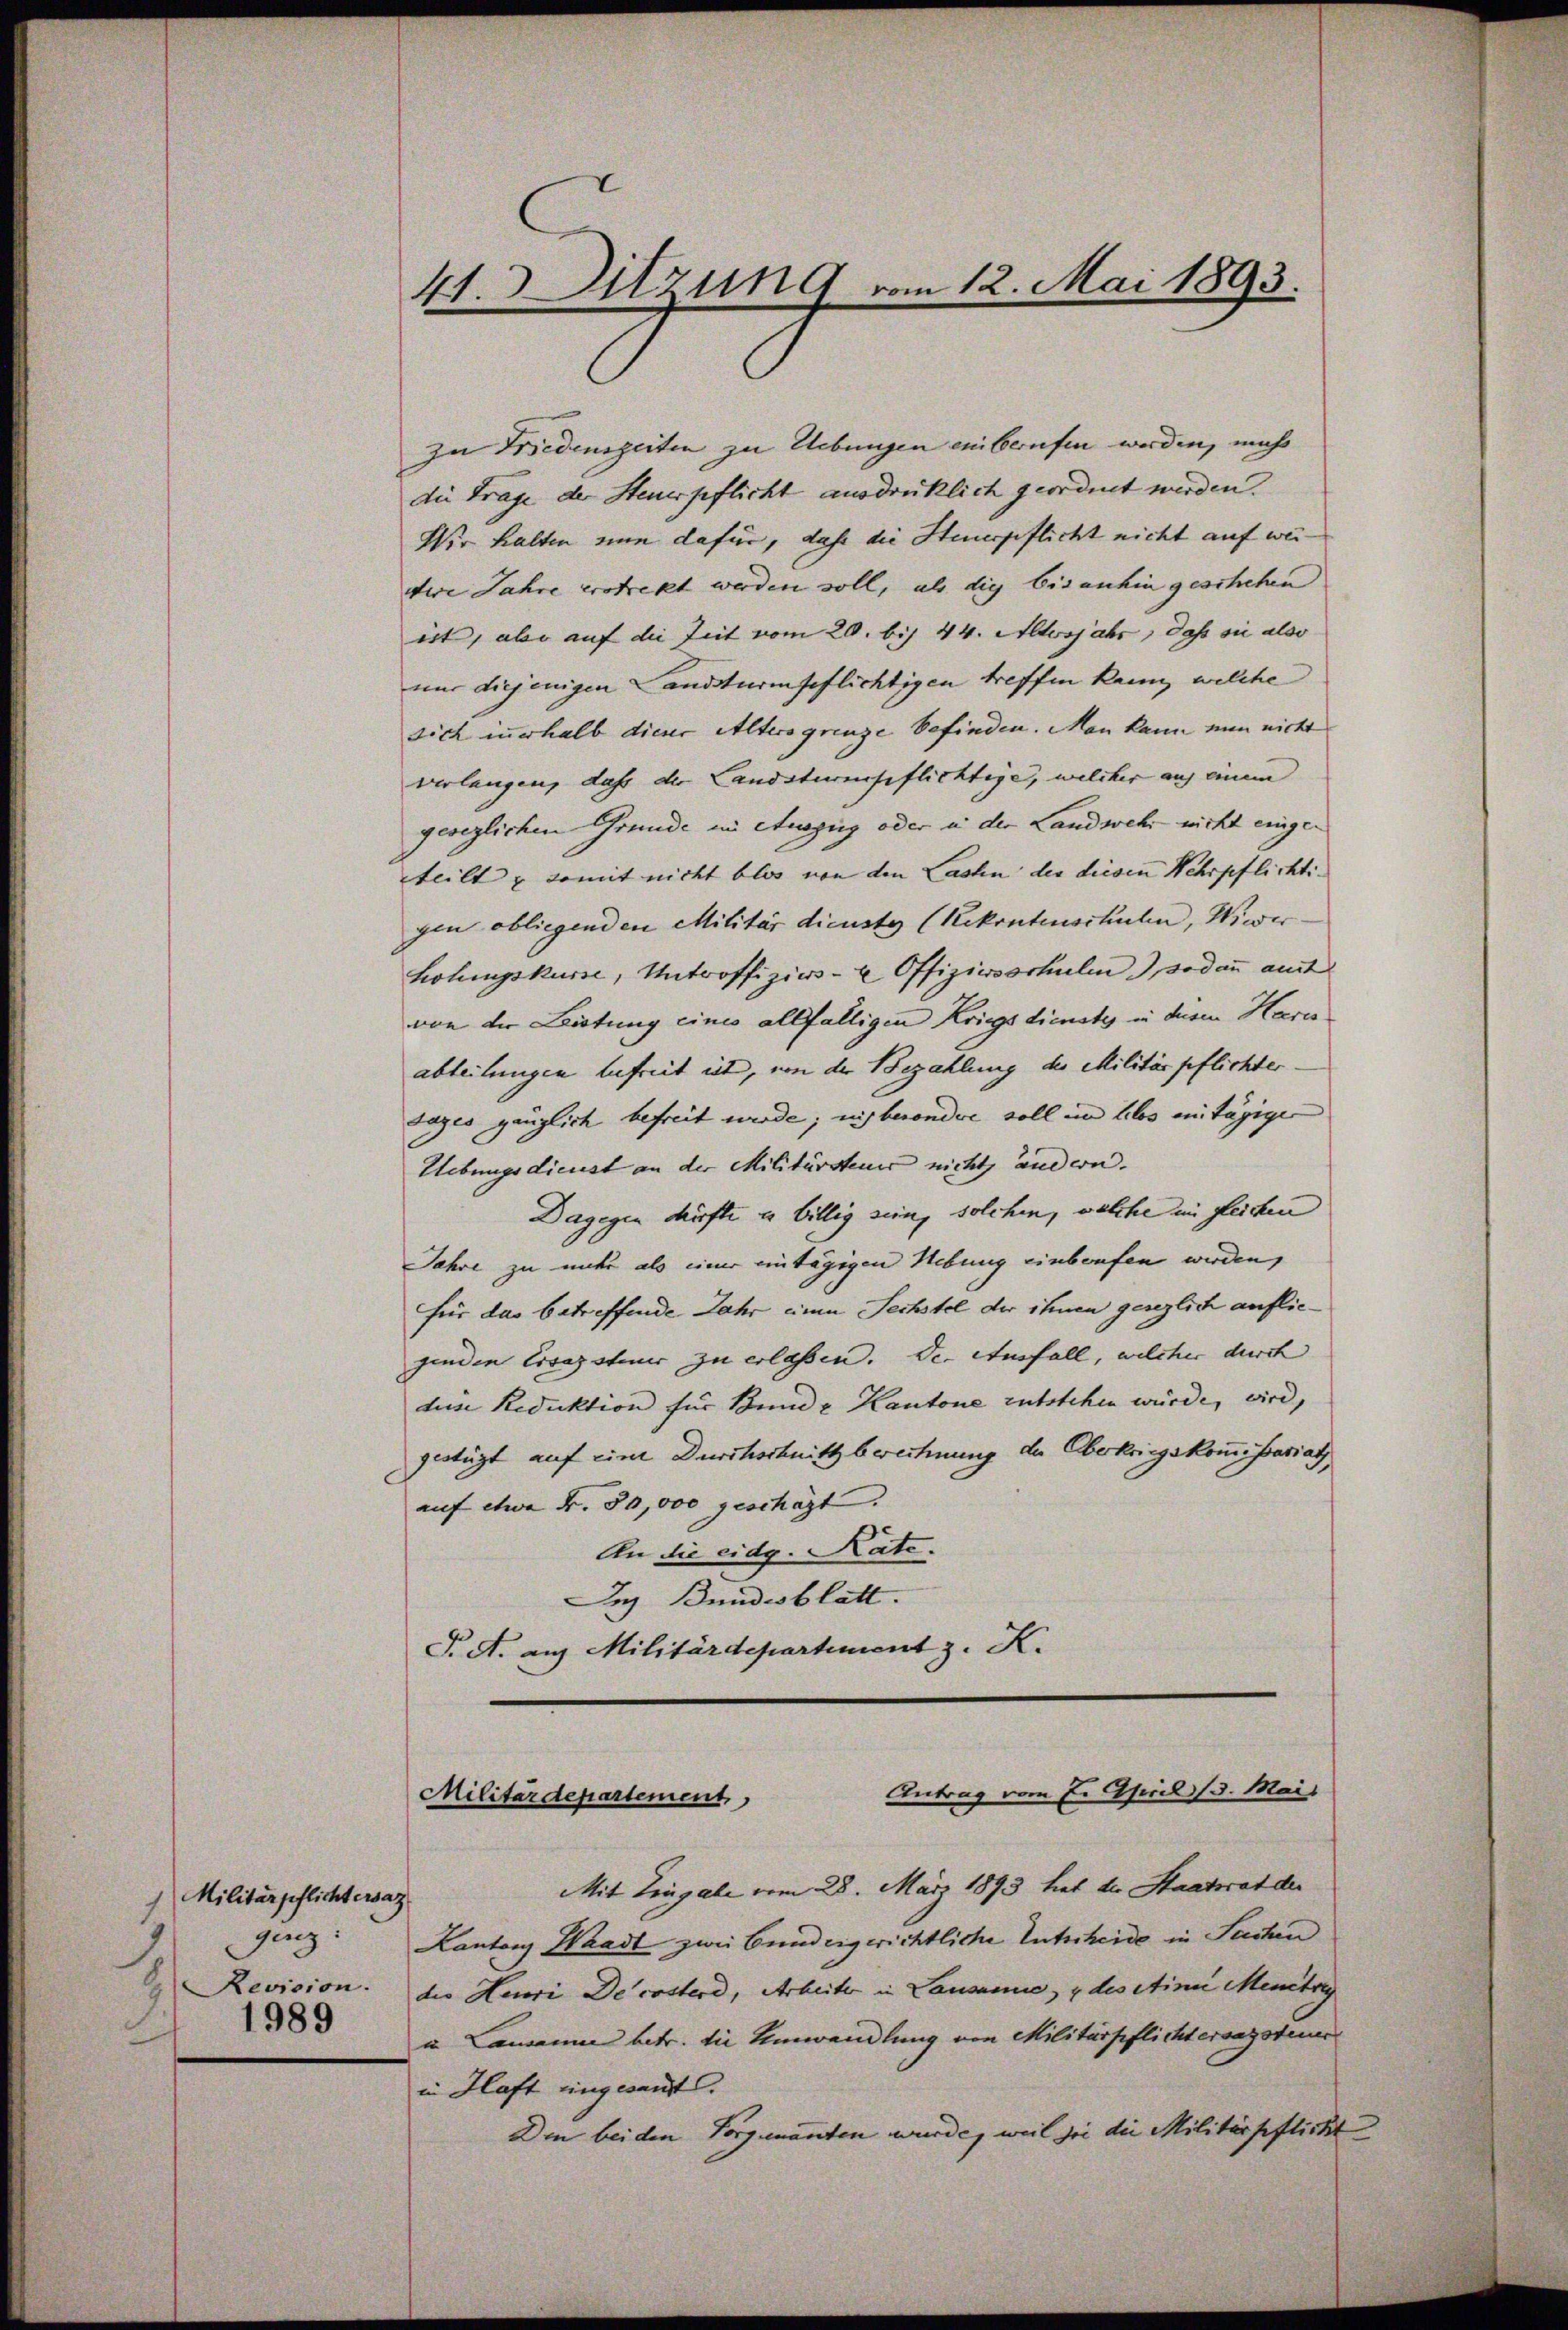
1 Militärpflichtersaz
genz:
Revision.
1989

41. Sitzung vom 12. Mai 1893.

zu Friedenszeiten zu Uebungen einberufen werden, mich
die Frage der Steuerpflicht ausdrüklich geordnet werden.
Wir halten nun dafür, daß die Steuerpflicht nicht auf wei
dere Jahre erstrekt werden soll, als dies bisanhin geschehen
ist, aber auf die Zeit vom 20. bis 44. Altersjahr, dass sie also
nur diejenigen andsturmfeflichtigen treffen kann, welche
sich zuerhalb dieser Altersgrenze befinden. Man kann nun nicht
verlangen, daß der Landsturpflichtige, welcher auf einem
gesezlichen Grunde in Auszug oder in der Landwehr- nicht eingeteilt & somit nicht blos von den Lasten der diesen Wehrpflichti-
gen obliegenden Militär dienste (Rekontenschulen, Wieder
holungskurse, Untroffiziers- u Offiziusschule sodann amt
von der Leistung eines allfälligen Kriegsdienste in dem Harin
abteilungen befreit ist, von der Bezahlung des Militärpflichter.
tages gänzlich befreit wurde; insbesonder soll in blos entägiger
Uebungsdienst an der Militärsteuer nicht andern.
Dagegen dürfte u billig sein, solchen, welche im gleichen
Jahre zu unter als einer eintägigen Hebung einboufen werden,
für das betreffende Jahr einen Sechstel der ihnen gesezlich aufliegenden Ersezsteur zu erlassen. Der Ausfall, welcher durch
dus Reduktion für Bunde Kantone entstehen würde, wird,
gestüzt auf eine Durchschnitt berechnung der Oberkriegskommißariat
auf etwa Fr. 30,000 geschäft.
An die eidg. Rate.
Des Bundesblatt.
P. A. aus Militärdepartement z. K.

Antrag vom Er Asiril (3. Mais
Militärdepartement,

Mit Eingabe vom 28. März 1893 hat die Staatsrat der
Kantons Waadt zwei Bundeigerichtliche Entscheide in Sachen
die Heuri Decosterd, Arbeiter in Lausanne, u des eine Mentrig
u. Camann betr. die Umwandlung von Militärpflichtersagsteuer
in Haft eingesandt.
Den beiden Vorgenanten wurde, weil sie die Militärpflicht